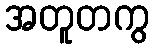
အတူတကွ